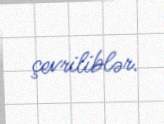
çevriliblər.